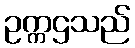
ဥက္ကဌသည်